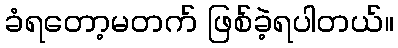
ခံရတော့မတက် ဖြစ်ခဲ့ရပါတယ်။